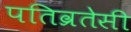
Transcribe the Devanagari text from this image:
पतिव्रतेसी